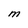
Character: M